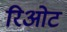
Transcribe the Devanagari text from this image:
रिओट